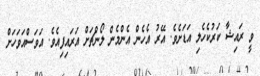
ވީ ރައިޝާ ކަރުކެހެލި އަޑަށެވެ. އޭރު އެހެން އެންމެން ލޯންޗަށް އަރައިފިއެވެ. އަވަސްއަވަހަށް